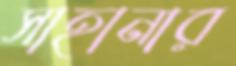
সাহানার